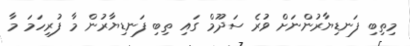
މިތިބި ފަނޑިޔާރުންނަށް ވުރެ ސަދޫމް ގައި ތިބި ފަނޑިޔާރުން މާ ފުރިހަމަ މާ